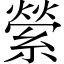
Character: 縈